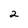
Character: 2